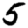
Digit: 5